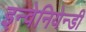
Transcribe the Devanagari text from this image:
इन्वेनियेन्डी